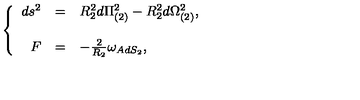
\left\{ \begin{array} { r c l } { d s ^ { 2 } } & { = } & { R _ { 2 } ^ { 2 } d \Pi _ { ( 2 ) } ^ { 2 } - R _ { 2 } ^ { 2 } d \Omega _ { ( 2 ) } ^ { 2 } , } \\ { } & { } & { } \\ { F } & { = } & { - \frac { 2 } { R _ { 2 } } \omega _ { A d S _ { 2 } } , } \\ \end{array} \right.